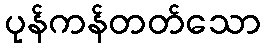
ပုန်ကန်တတ်သော